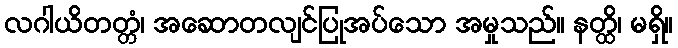
လဂါယိတတ္တံ၊ အဆောတလျင်ပြုအပ်သော အမှုသည်။ နတ္ထိ၊ မရှိ။